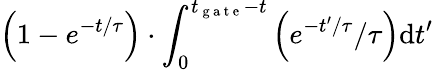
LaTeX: \left(1-e^{-t/\tau}\right)\cdot\int_{0}^{t_{\mathrm{~g~a~t~e~}}-t}\left({e^{-t^{\prime}/\tau}/}{\tau}\right)\mathrm{d}t^{\prime}